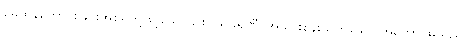
မေထုန်ကောင်းခြင်းအစရှိတို့ဖြင့်သော်၎င်း။ သိခရဏီ၊ အသားစွန်းထွက်သော အကောင်မသည်။